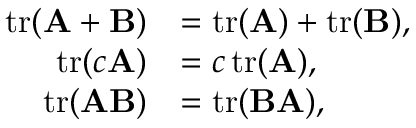
{ \begin{array} { r l } { \operatorname { t r } ( \mathbf { A } + \mathbf { B } ) } & { = \operatorname { t r } ( \mathbf { A } ) + \operatorname { t r } ( \mathbf { B } ) , } \\ { \operatorname { t r } ( c \mathbf { A } ) } & { = c \operatorname { t r } ( \mathbf { A } ) , } \\ { \operatorname { t r } ( \mathbf { A } \mathbf { B } ) } & { = \operatorname { t r } ( \mathbf { B } \mathbf { A } ) , } \end{array} }